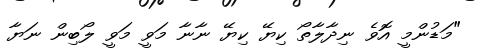
"މަޑުންމީ އޮވެ ނިދާލާތޯ ކިޔޭ ކިޔޭ ނާނާ މަވީ މަވީ ލޯބިން ނަޔާ